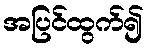
အပြင်ထွက်၍